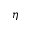
\eta